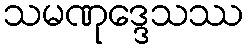
သမဏုဒ္ဒေသဿ